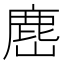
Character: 𭗎